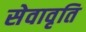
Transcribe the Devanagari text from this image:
सेवावृति